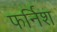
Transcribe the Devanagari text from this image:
फर्निश